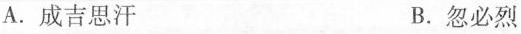
A.成吉思汗 B. 忽必烈